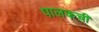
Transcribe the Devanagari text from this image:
पालकची